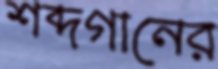
শব্দগানের